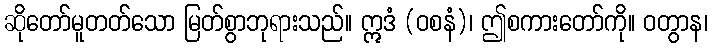
ဆိုတော်မူတတ်သော မြတ်စွာဘုရားသည်။ ဣဒံ (ဝစနံ)၊ ဤစကားတော်ကို။ ဝတွာန၊